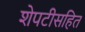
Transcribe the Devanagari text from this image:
शेपटीसहित